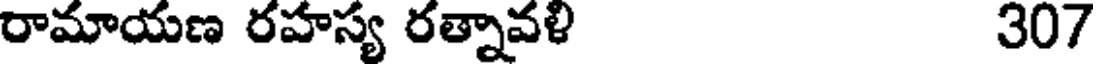
రామాయణ రహస్య రత్నావళి 307